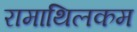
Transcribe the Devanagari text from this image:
रामाथिलकम